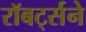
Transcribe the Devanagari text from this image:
रॉबर्ट्सने